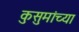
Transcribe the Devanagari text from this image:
कुसुमांच्या